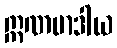
ဣဏမာဒါယ